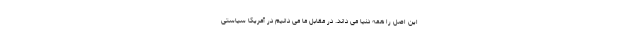
این اصل را همه دنیا می داند. در مقابل ما می دانیم در آمریکا سیاستی